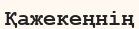
Қажекеңнің